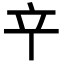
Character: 䇂